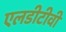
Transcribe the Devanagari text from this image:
एलडीटीवी